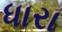
ધારા